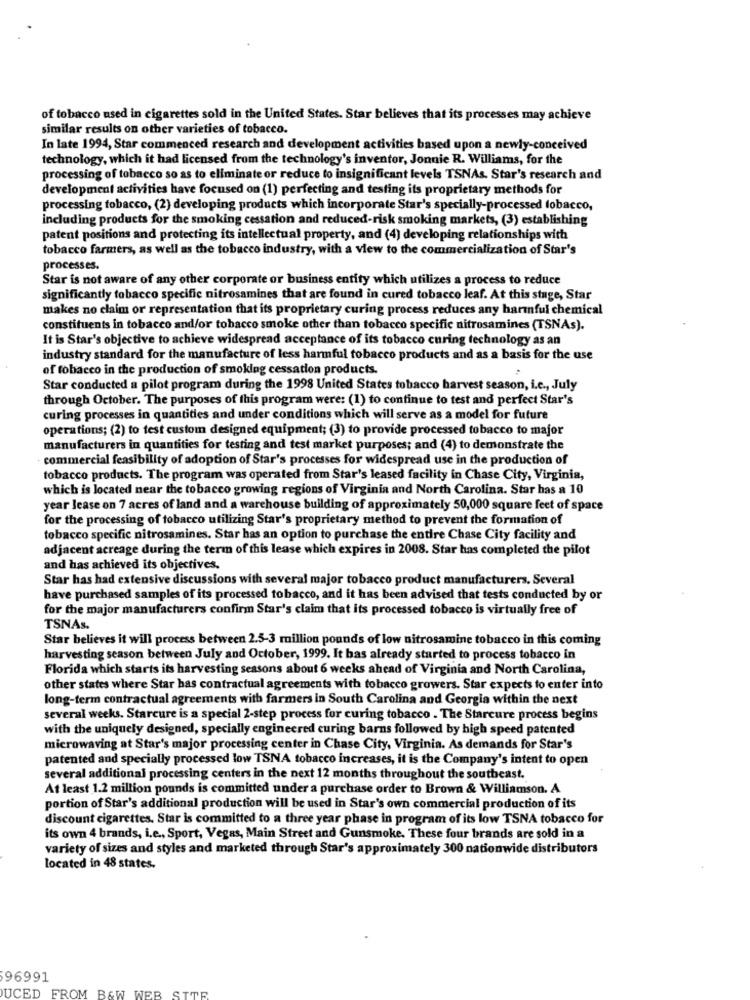
of tobacco used in cigarettes sold in the United States. Star believes that its processes may achieve
similar results on other varieties of tobacco.
In late 1994, Star commenced research and development activities based upon a newly-conceived
technology, which it had licensed from the technology's inventor, Jonnie R. Williams, for the
processing of tobacco so as to eliminate or reduce to insignificant levels TSNAs. Star's research and
development activities have focused on (1) perfecting and testing its proprietary methods for
processing tobacco, (2) developing products which incorporate Star's specially-processed tobacco,
including products for the smoking cessation and reduced-risk smoking markets, (3) establishing
patent positions and protecting its intellectual property, and (4) developing relationships with
tobacco farmers, as well as the tobacco industry, with a view to the commercialization of Star's
processes.
Star is not aware of any other corporate or business entity which utilizes a process to reduce
significantly tobacco specific nitrosamines that are found in cured tobacco leaf. At this stage, Star
makes no claim or representation that its proprietary curing process reduces any harmful chemical
constituents in tobacco and/or tobacco smoke other than tobacco specific nitrosamines (TSNAs).
It is Star's objective to achieve widespread acceptance of its tobacco curing technology as an
industry standard for the manufacture of less harmful tobacco products and as a basis for the use
of tobacco in the production of smoking cessation products.
Star conducted a pilot program during the 1998 United States tobacco harvest season, i.c ., July
through October. The purposes of this program were: (1) to continue to test and perfect Star's
curing processes in quantities and under conditions which will serve as a model for future
operations; (2) to test custom designed equipment; (3) to provide processed tobacco to major
manufacturers in quantities for testing and test market purposes; and (4) to demonstrate the
commercial feasibility of adoption of Star's processes for widespread use in the production of
tobacco products. The program was operated from Star's leased facility in Chase City, Virginia,
which is located near the tobacco growing regions of Virginia and North Carolina. Star has a 10
year lease on 7 acres of land and a warehouse building of approximately 50,000 square feet of space
for the processing of tobacco utilizing Star's proprietary method to prevent the formation of
tobacco specific nitrosamines. Star has an option to purchase the entire Chase City facility and
adjacent acreage during the term of this lease which expires in 2008. Star has completed the pilot
and has achieved its objectives.
Star has had extensive discussions with several major tobacco product manufacturers. Several
have purchased samples of its processed tobacco, and it has been advised that tests conducted by or
for the major manufacturers confirm Star's claim that its processed tobacco is virtually free of
TSNAs.
Star believes it will process between 2.5-3 million pounds of low nitrosamine tobacco in this coming
harvesting season between July and October, 1999. It bas already started to process tobacco in
Florida which starts its harvesting seasons about 6 weeks ahead of Virginia and North Carolina,
other states where Star has contractual agreements with tobacco growers. Star expects to enter into
long-term contractual agreements with farmers in South Carolina and Georgia within the next
several weeks. Starcure is a special 2-step process for curing tobacco . The Starcure process begins
with the uniquely designed, specially engineered curing barns followed by high speed patented
microwaving at Star's major processing center in Chase City, Virginia. As demands for Star's
patented and specially processed low TSNA tobacco increases, it is the Company's intent to open
several additional processing centers in the next 12 months throughout the southeast.
At least 1.2 million pounds is committed under a purchase order to Brown & Williamson. A
portion of Star's additional production will be used in Star's own commercial production of its
discount cigarettes. Star is committed to a three year phase in program of its low TSNA tobacco for
its own 4 brands, i.e ., Sport, Vegas, Main Street and Gunsmoke. These four brands are sold in a
variety of sizes and styles and marketed through Star's approximately 300 nationwide distributors
located in 48 states.
96991
UCED FROM B&W WEB SITE